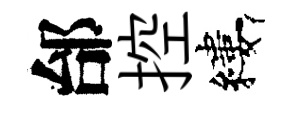
邰控縷